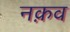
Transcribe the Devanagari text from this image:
नक़व